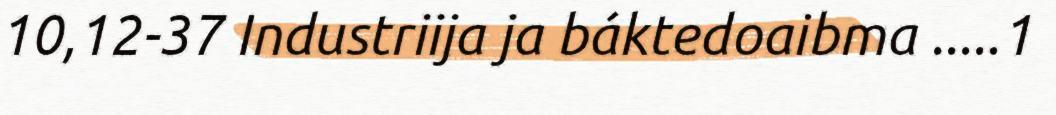
10,12-37 Industriija ja báktedoaibma .....1